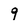
Character: 9